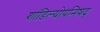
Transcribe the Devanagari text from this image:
शांडिल्योपनिषद्